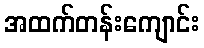
အထက်တန်းကျောင်း